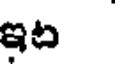
ఇట